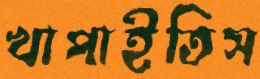
খাপাইতিস